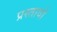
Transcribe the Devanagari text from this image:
प्रस्तावो